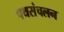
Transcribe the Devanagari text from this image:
पथसंचलन